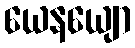
ယေနယျော